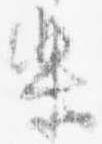
楽